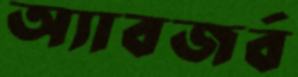
অ্যাবজর্ব